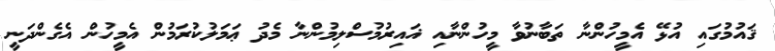
ޤައުމުގައި އުޅޭ އެމީހުންނާ ތަބާނުވާ މީހުންނާއި ޣައިރުމުސްލިމުންނާ މެދު ޢަމަލުކުރަމުން އެމީހުން އެގެންދަނީ